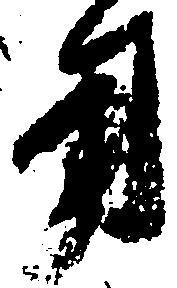
用